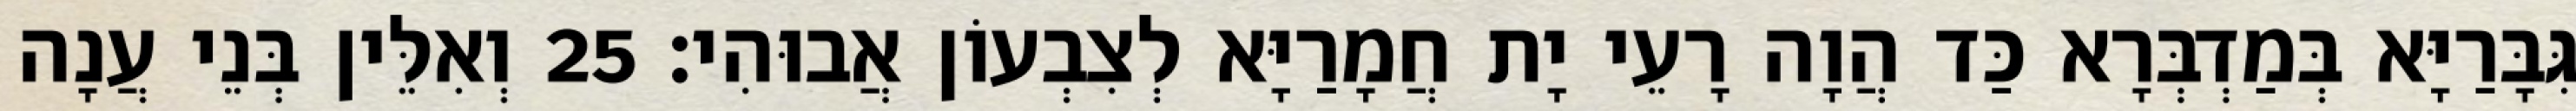
גִּבָּרַיָּא בְּמַדְבְּרָא כַּד הֲוָה רָעֵי יָת חֲמָרַיָּא לְצִבְעוֹן אֲבוּהִי׃ 25 וְאִלֵּין בְּנֵי עֲנָה